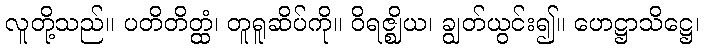
လူတို့သည်။ ပတိတိတ္ထံ၊ တူရူဆိပ်ကို။ ဝိရဇ္ဈိယ၊ ချွတ်ယွင်း၍။ ဟေဋ္ဌာသိဋ္ဌေ၊